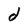
Character: d